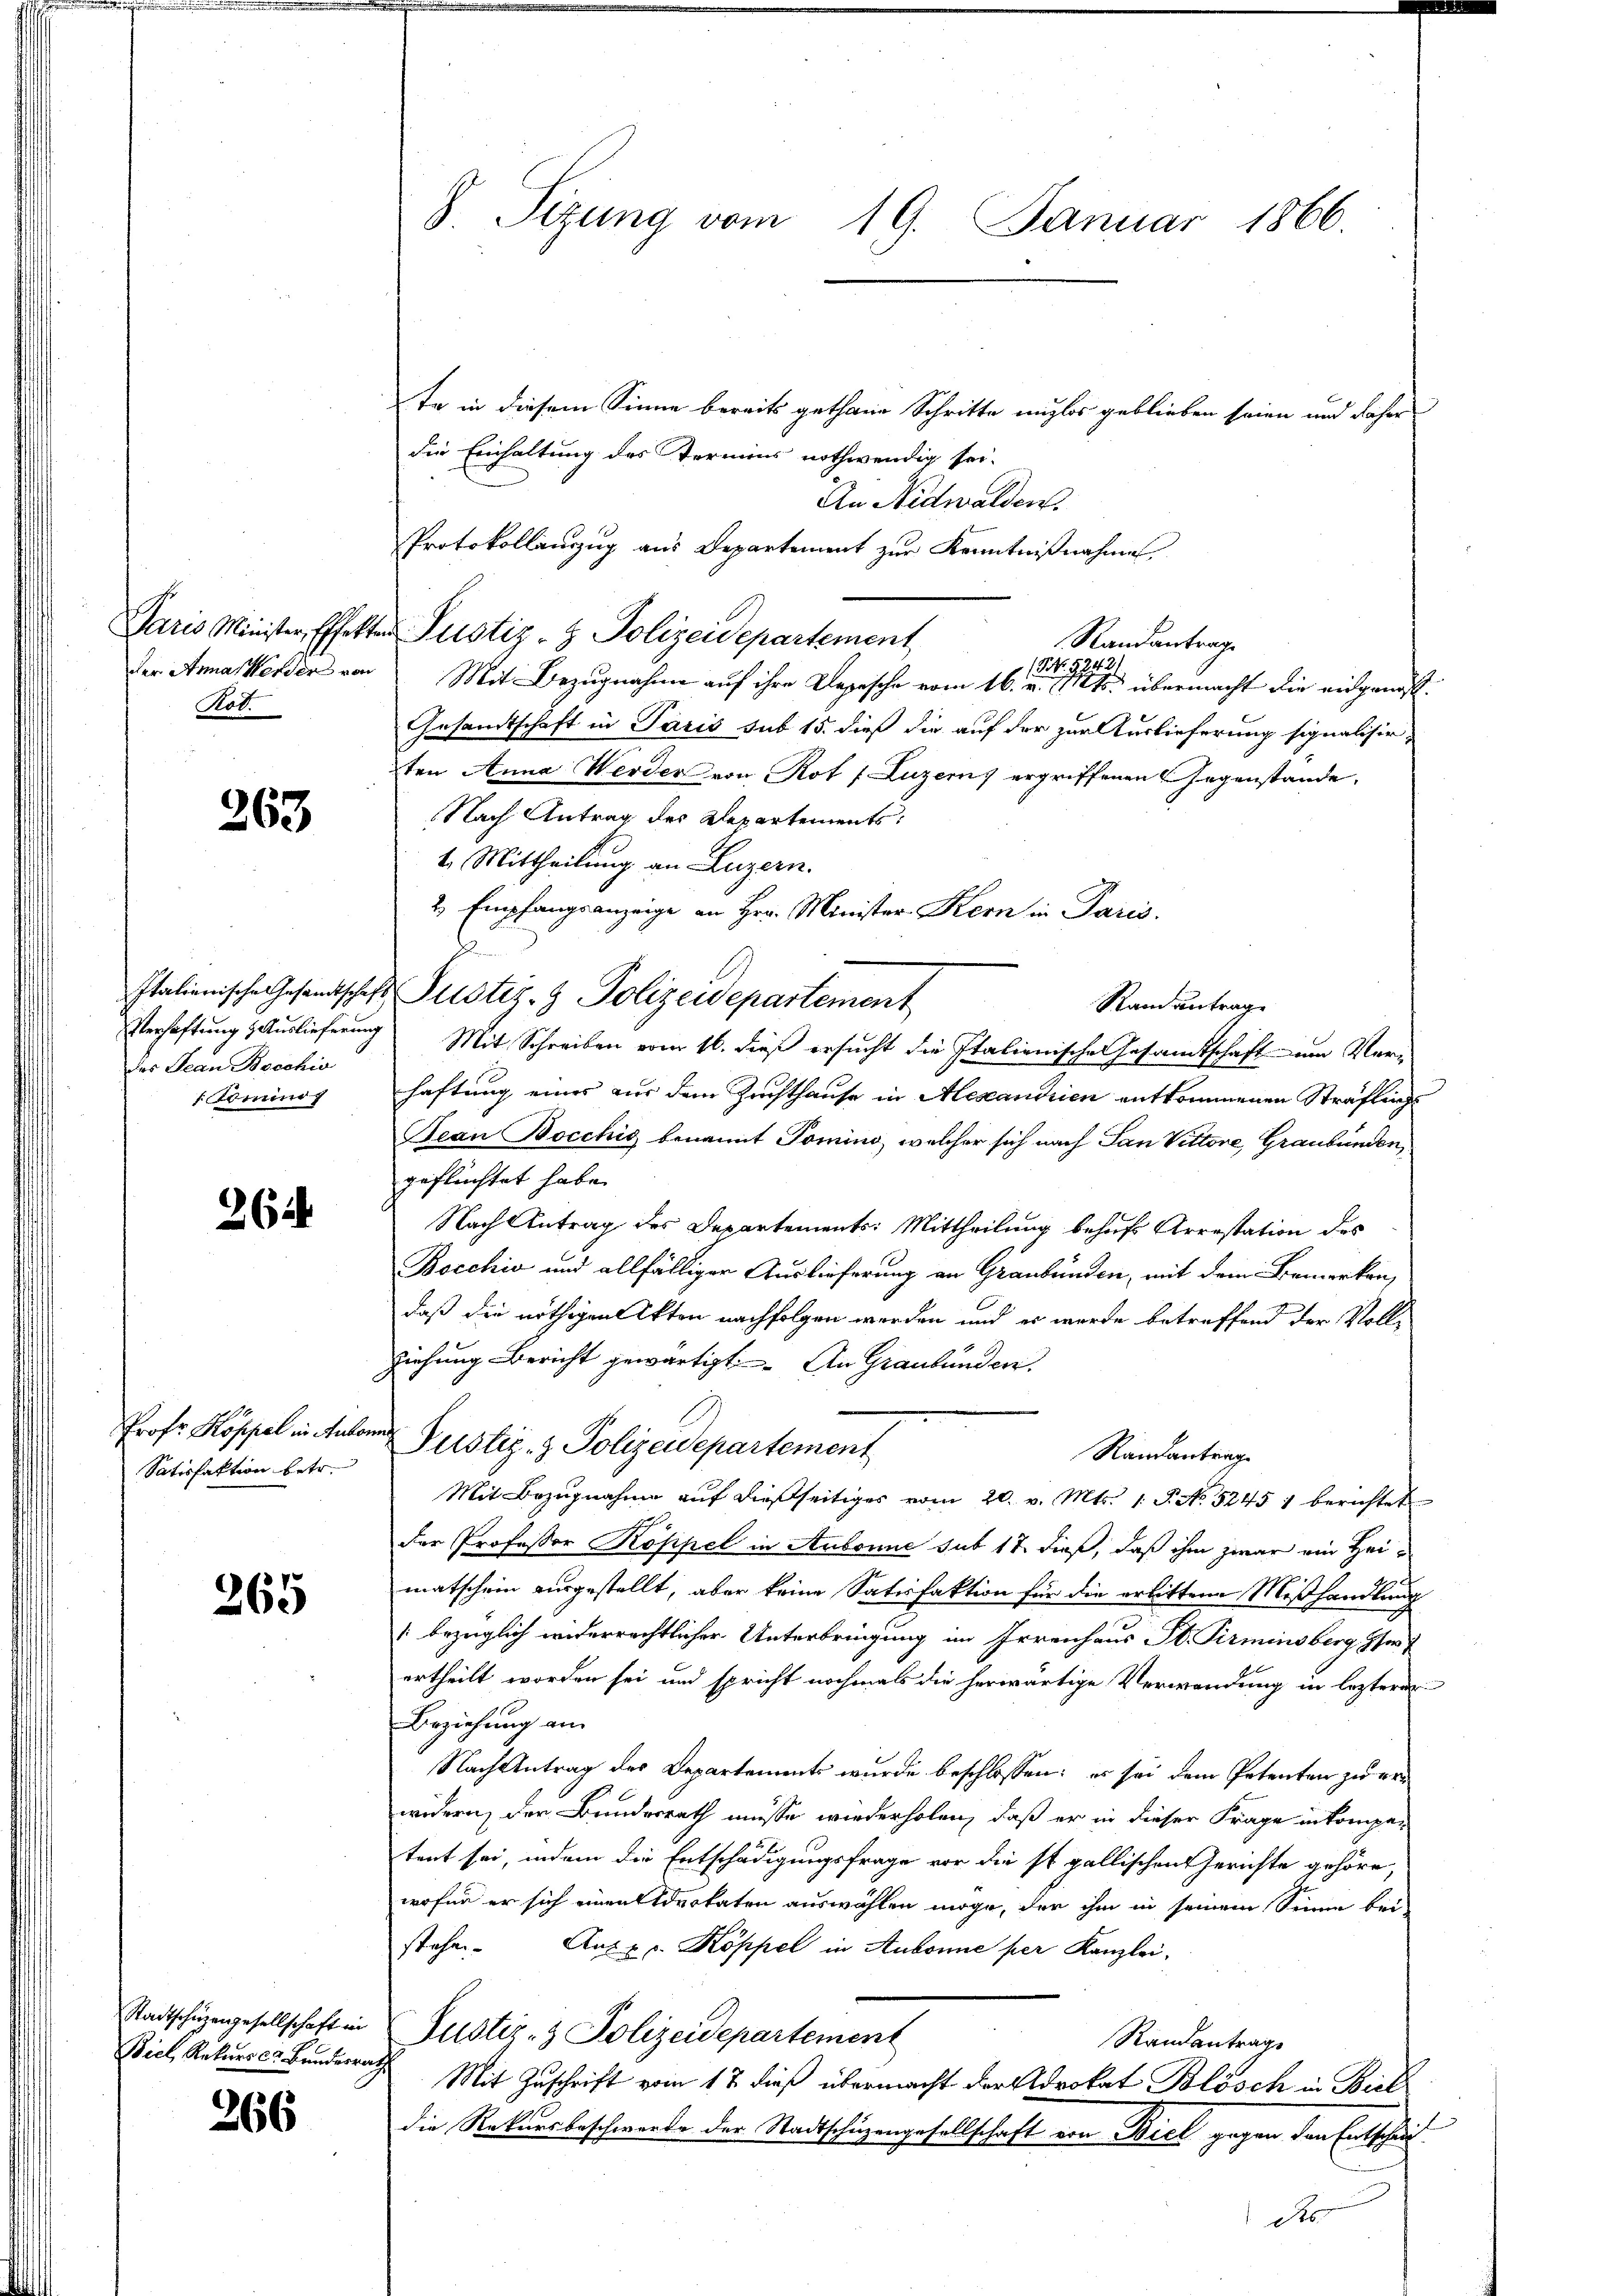
der Anna Herder von
Rob.

263

des Jean Brechio
1 mi

26

Prof. Koppel in Anton
Satisfaktion betr.

265

Stadtschüzengesellschaft in
Biel, Rekurs cr. Bundesra¬

266

S. Sizung vom 19. Januar 1866.

te in diesem Sinne bereits gethane Schritte unglos geblieben seien und daher
die Einhaltung des Termins nothwendig sei.
An Nidwalden.
Protokollauszug aus Departement zur Kenntnißnahmen,
Paris Minister Effekten Pustiz- & Polizeidepartement
Randantrage
42
S. Nr. 2.
Mit Bezugnahme auf ihre Depesche vom 16. v. 11ts. übermacht die eidgenos
Gesandtschaft in Paris sub 15. dieß die auf der zur Auslieferung signalisir-
ten Anna Werder von Rot (Luzern, ergriffenen Gegenstände.
Nach Antrag des Departements
1. Mittheilung an Luzern.
2 Empfangsanzeige an Hrn. Minister Kern in Paris.
Randantrage
Verhaftung Auslieferung Mit Schreiben vom 16. dieß ersucht die Italienische Gesamtschaft um Verhaftung eines aus dem Zuchthause in Alexandrien entkommenen Sträfling
Bean Bocchig benannt Tomino, welcher sich nach San Vittore, Graubünden,
geflüchtet habe.
Nach Antrag des Departements: Mittheilung behufs Arrestation des
Bocchiv und allfälliger Auslieferung an Graubünden, mit dem Bemerken,
daß die nöthigen Akten nachfolgen werden und er wurde betreffend der Vollziehung Bericht gewärtigt. An Graubünden.
und Justiz- & Polizeidepartement
Randantrage
Mit Bezŭgnahme aŭf dießseitiges vom 20. v. Mts. 1. P. No. 52451 berichtet
der Professor Koppel in Aubonne sub 17 dieß, daß ihm zwar ein Heimatschein ausgestellt, aber keine Satisfaktion für die erbittene Mißhandlung
[bezüglich widerrechtlicher Unterbringung im Irrenhaus St. Pirminsberg her
ertheilt worden sei und spricht nochmals die herwärtige Verwendung in lezterer
Beziehung an
Nach Antrag der Departements wurde beschlossen: es sei dem Petenten zu erwidern, der Bundesrath müsse wiederholen, daß er in dieser Frage in kompa-
tent sei, indem die Entschädigungsfrage vor die st. gallischen Gerichte gehöre,
wofür er sich einen Advokaten auswählen möge, der ihm in seinem Sinne bei
stehen. Auf 2. Koppel in Aubonne per Kanzlei,
Justiz- & Polizeidepartement
Randantrage
Mit Zuschrift vom 17. dieß übermacht der Advokat Blösch in Biel
die Rekursbeschwerde der Stadtschüzengesellschaft von Biel gegen den Entscheid
de

Italienische Gesandtschafts Justiz- & Polizeidepartement